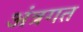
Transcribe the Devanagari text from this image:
अंत्रगत